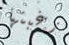
رغبتها